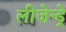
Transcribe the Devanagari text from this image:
लीजेन्ड्रे